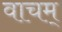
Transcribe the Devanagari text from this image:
वाचम्